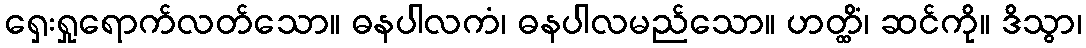
ရှေးရှုရောက်လတ်သော။ ဓနပါလကံ၊ ဓနပါလမည်သော။ ဟတ္ထိံ၊ ဆင်ကို။ ဒိသွာ၊